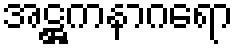
အဋ္ဌကနာဂရော